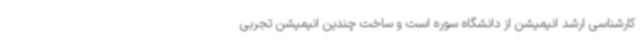
کارشناسی ارشد انیمیشن از دانشگاه سوره است و ساخت چندین انیمیشن تجربی